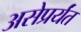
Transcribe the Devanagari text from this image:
असेप्रर्यंत